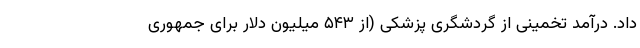
داد. درآمد تخمینی از گردشگری پزشکی (از ۵۴۳ میلیون دلار برای جمهوری